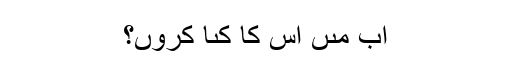
اب مىں اِس کا کىا کروں؟